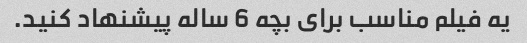
یه فیلم مناسب برای بچه 6 ساله پیشنهاد کنید.